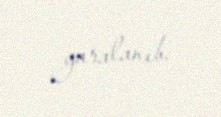
yaralanıb.